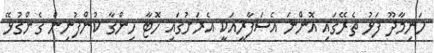
ހަނިމާދޫ ފަޅު ތެރޭގައި އޮންނަ އެސަފާރީއަކީ އެރަށުގައި ހޮޓާ ހިންގާ ކުންފުނިން ގެންގުޅޭ